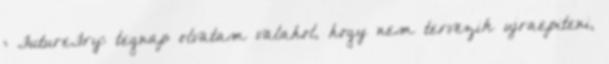
: FutureFry: tegnap olvatam valahol, hogy nem tervezik ujraepiteni,